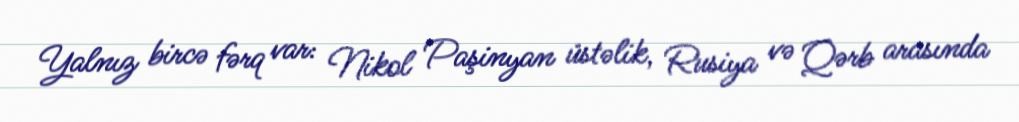
Yalnız bircə fərq var: Nikol Paşinyan üstəlik, Rusiya və Qərb arasında